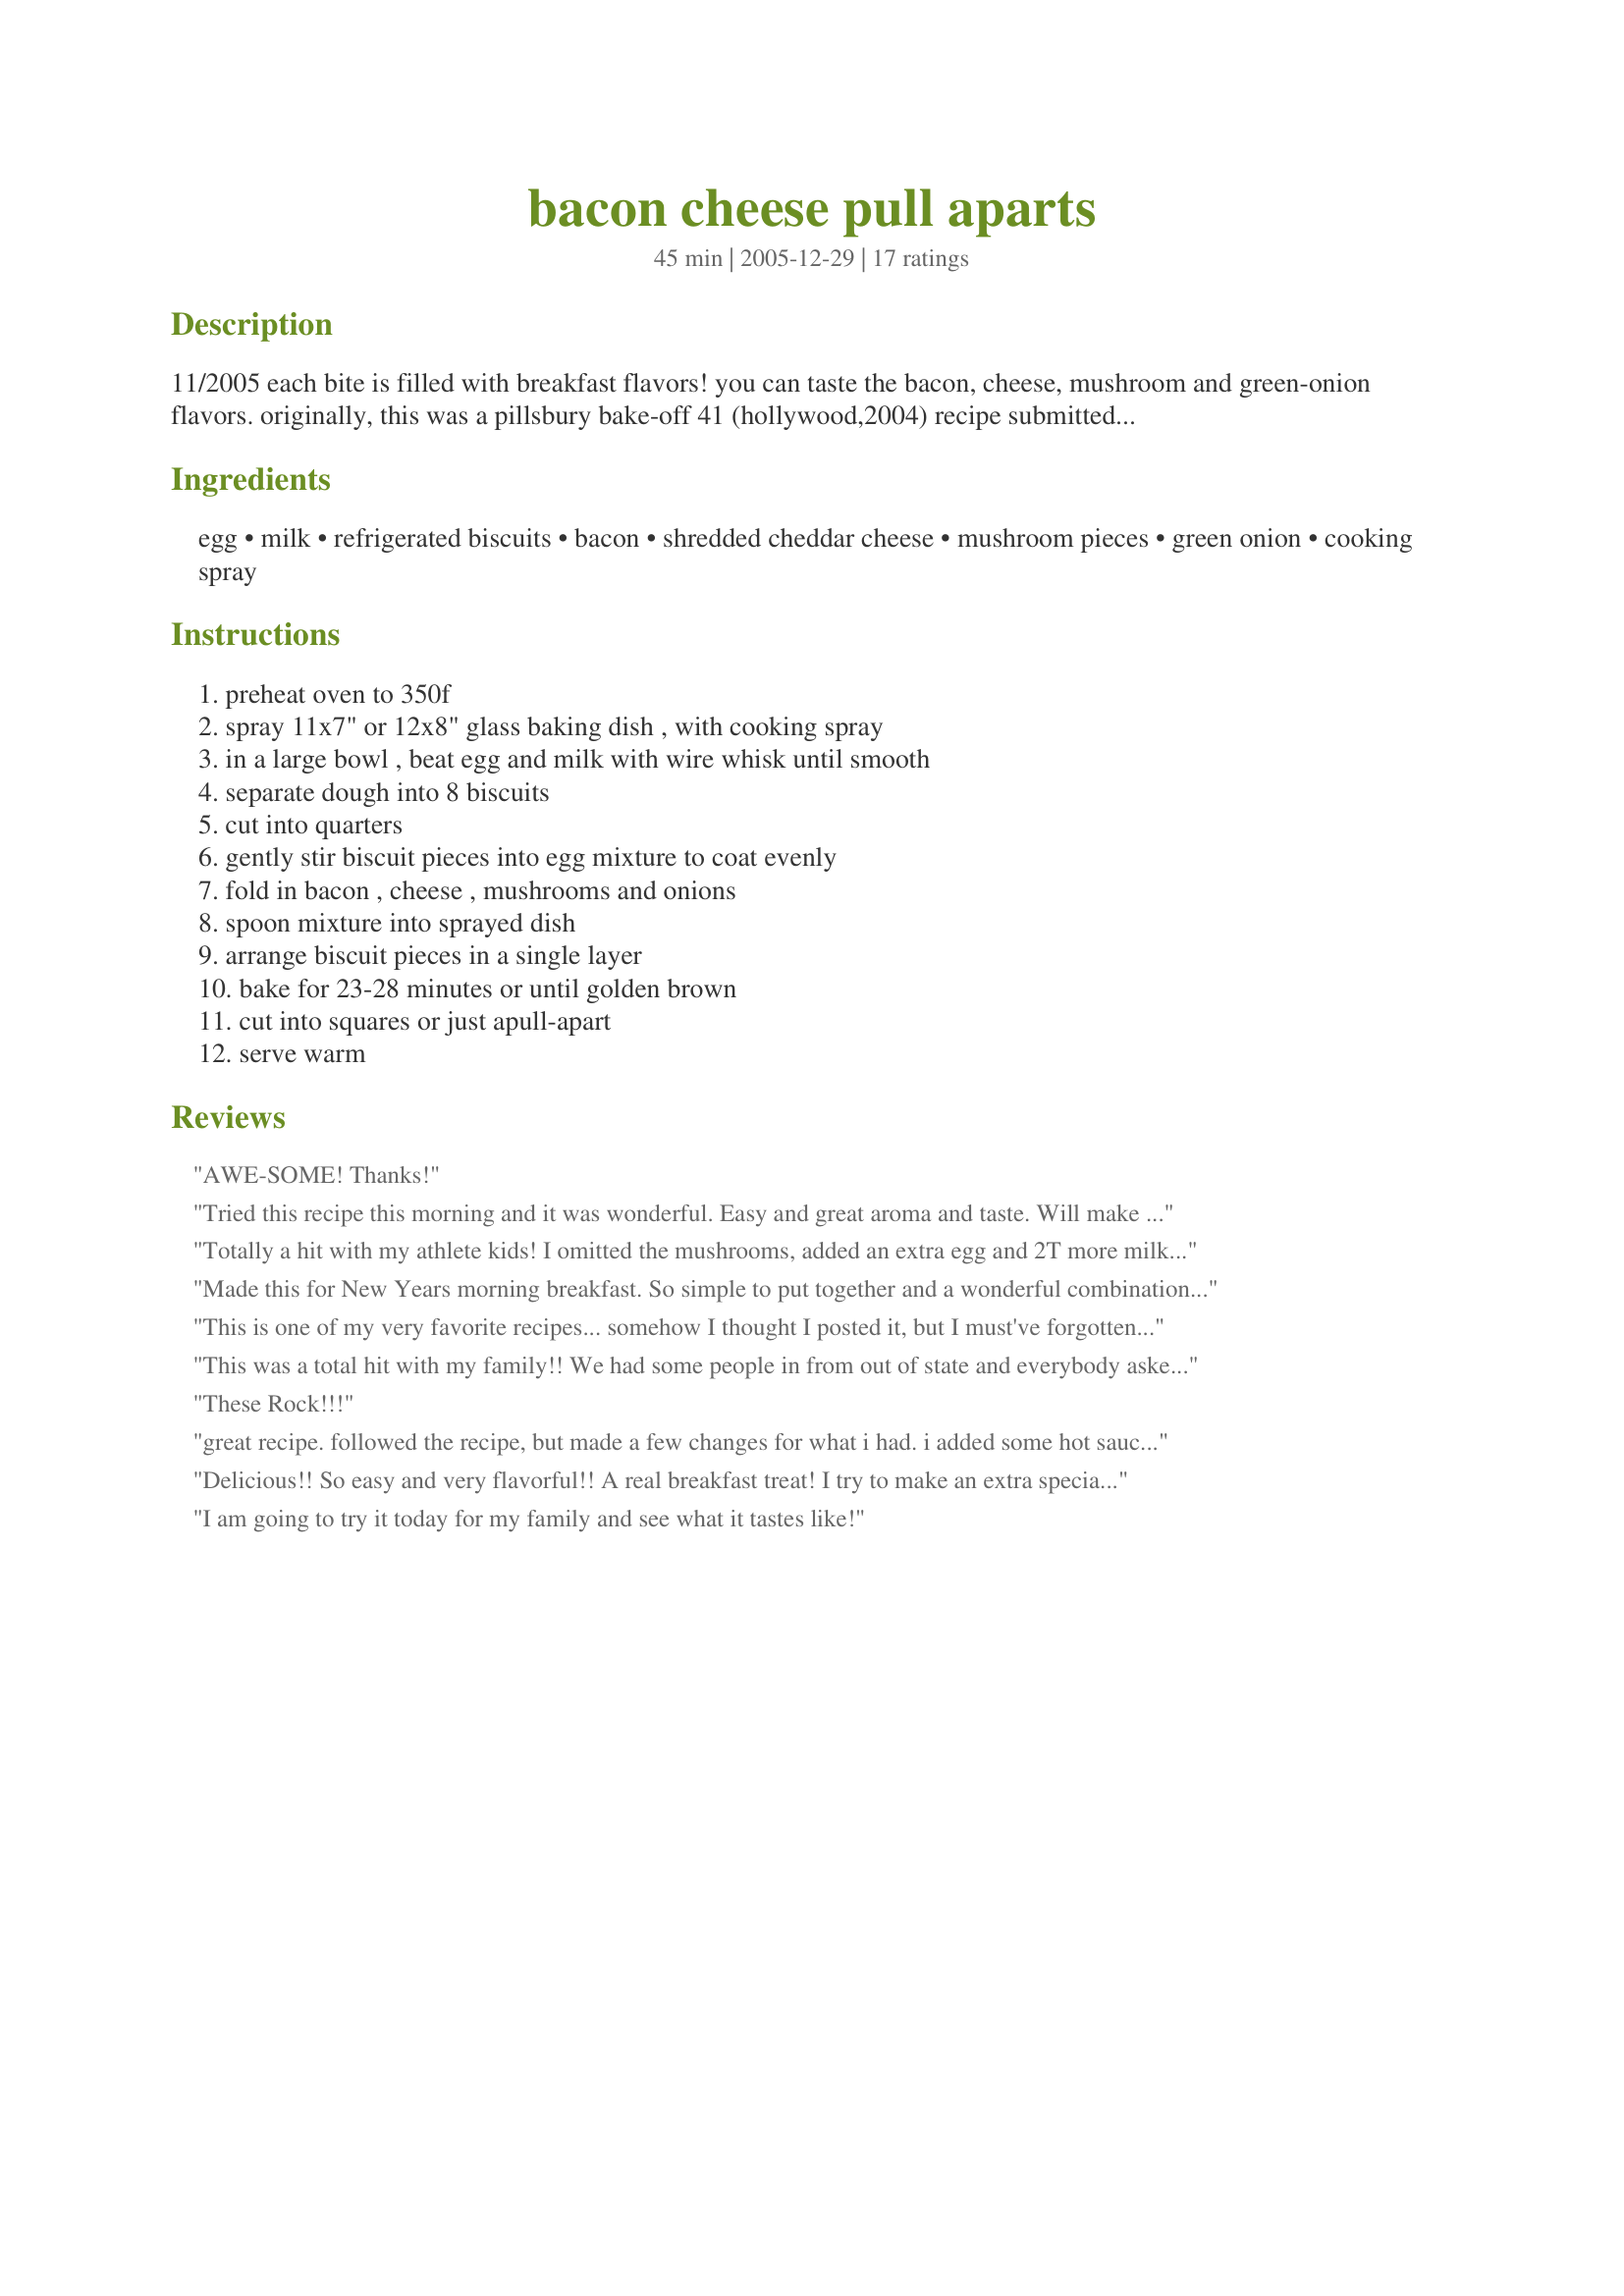
bacon cheese pull aparts
Preparation time: 45 minutes

11/2005 each bite is filled with breakfast flavors! you can taste the bacon, cheese, mushroom and green-onion flavors. originally, this was a pillsbury bake-off 41 (hollywood,2004) recipe submitted by: terri barton of salt lake, utah. it has been noted by one reviewer - that this dish should be used as a side to breakfast or brunch. update: 07/21/2008. . . . . . . made this again for supper as i like to serve a light meal - we added more fresh mushrooms, we added more green onions, some pimentos and of course more eggs & bacon. :)

Ingredients:
egg, milk, refrigerated biscuits, bacon, shredded cheddar cheese, mushroom pieces, green onion, cooking spray

Steps:
preheat oven to 350f, spray 11x7" or 12x8" glass baking dish , with cooking spray, in a large bowl , beat egg and milk with wire whisk until smooth, separate dough into 8 biscuits, cut into quarters, gently stir biscuit pieces into egg mixture to coat evenly, fold in bacon , cheese , mushrooms and onions, spoon mixture into sprayed dish, arrange biscuit pieces in a single layer, bake for 23-28 minutes or until golden brown, cut into squares or just apull-apart, serve warm

Reviews:
AWE-SOME! Thanks!
Tried this recipe this morning and it was wonderful. Easy and great aroma and taste. Will make again many times. Thanks!
Totally a hit with my athlete kids! I omitted the mushrooms, added an extra egg and 2T more milk. As another reviewer stated, this really is more of a side dish if you portion into 8 servings as directed. This would be great for a brunch meal.
Made this for New Years morning breakfast. So simple to put together and a wonderful combination of flavors. Yummy!
This is one of my very favorite recipes... somehow I thought I posted it, but I must've forgotten!!! Thanks for putting it up!
This was a total hit with my family!! We had some people in from out of state and everybody asked for the recipe!! Even my 23 male cousin who doesn't cook wanted it!! I left out the mushrooms but it was still amazing. THANK YOU!!!
These Rock!!!
great recipe. followed the recipe, but made a few changes for what i had. i added some hot sauce and garlic powder to the egg/milk mix, used more bacon and cheese, omitted the mushrooms, and added some fresh parsley and lots for cracked black pepper. it was yummy and flavorful! i will make this again, this is a keeper! but i agree with others that this should be served with something else. i felt like it was more like a fancy, loaded bread, rather than a dish or a side.
Delicious!! So easy and very flavorful!! A real breakfast treat! I try to make an extra special breakfast once a weekend for my family and this was a winner! Lots of "yum" sounds all around... :) I did end up using fresh mushrooms instead of canned and baked for the full 28 minutes! Thanks, DiScharf!! Will happily make this one again!!
I am going to try it today for my family and see what it tastes like!
This was GREAT! I used egg beaters ( equal to 2 eggs) and 1/4 cup egg whites. Lots of fresh mushrooms, chopped. I also used more bacon than the recipe called for. Great for company. I will Definately make this again! Thanks for a wonderful recipe
I made this a few times now, but have forgotten to review. This is an awesome tasting breakfast casserole thats quick and easy to make. Nice with some garlic salt and oregano added on top.
This recipe, in a slightly easier format, appeared in the Betty Crocker 2009 Best-Loved Holiday magazine, and, boy, was it awesome! We had it Christmas morning and everyone loved it. My recipe did not all for the mushrooms. Also, it called for a 2.2 ounce package of precooked bacon, cut into pieces. We actually used a little bacon and a little diced sausage. We will make this again!
DH and I really enjoyed these! He liked that they were very light. I liked that they were very easy. I didn't have any fresh green onions, so I used dried chives. They were delicious anyway. Thanks, DiScharf!
This was very good but it should be noted that it needs to be used as a side dish to breakfast or as an appetizer. It is not substantial enough to stand alone. I used 2 eggs, more bacon and fresh mushrooms. Very Good!
I made this today, followed the recipe (and comments made by Manami) and it was absolutely fantastic!!! Worth more than 5 stars, that's for sure! I did add an extra egg, a bit more milk, fresh mushrooms, and a 'bit' more bacon. I will definitely make this again, many times I'm sure!!
P.S. thanks to the zaar helpers. I lost this recipe, but was determined to make it. One write-in describing it, and within 3 minutes, I had the recipe!!!! I'm so glad!!!!!!! Thanks for posting Manami!!!!!!!!
Easy and very tasty! I did omit the mushrooms and onions to suit one DS, but we still really enjoyed this recipe. Thanks for posting; I am sure we'll make again.
